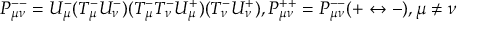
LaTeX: P _ { \mu \nu } ^ { -- } = U _ { \mu } ^ { - } ( T _ { \mu } ^ { - } U _ { \nu } ^ { - } ) ( T _ { \mu } ^ { - } T _ { \nu } ^ { - } U _ { \mu } ^ { + } ) ( T _ { \nu } ^ { - } U _ { \nu } ^ { + } ) , P _ { \mu \nu } ^ { + + } = P _ { \mu \nu } ^ { -- } ( + \leftrightarrow - ) , \mu \neq \nu